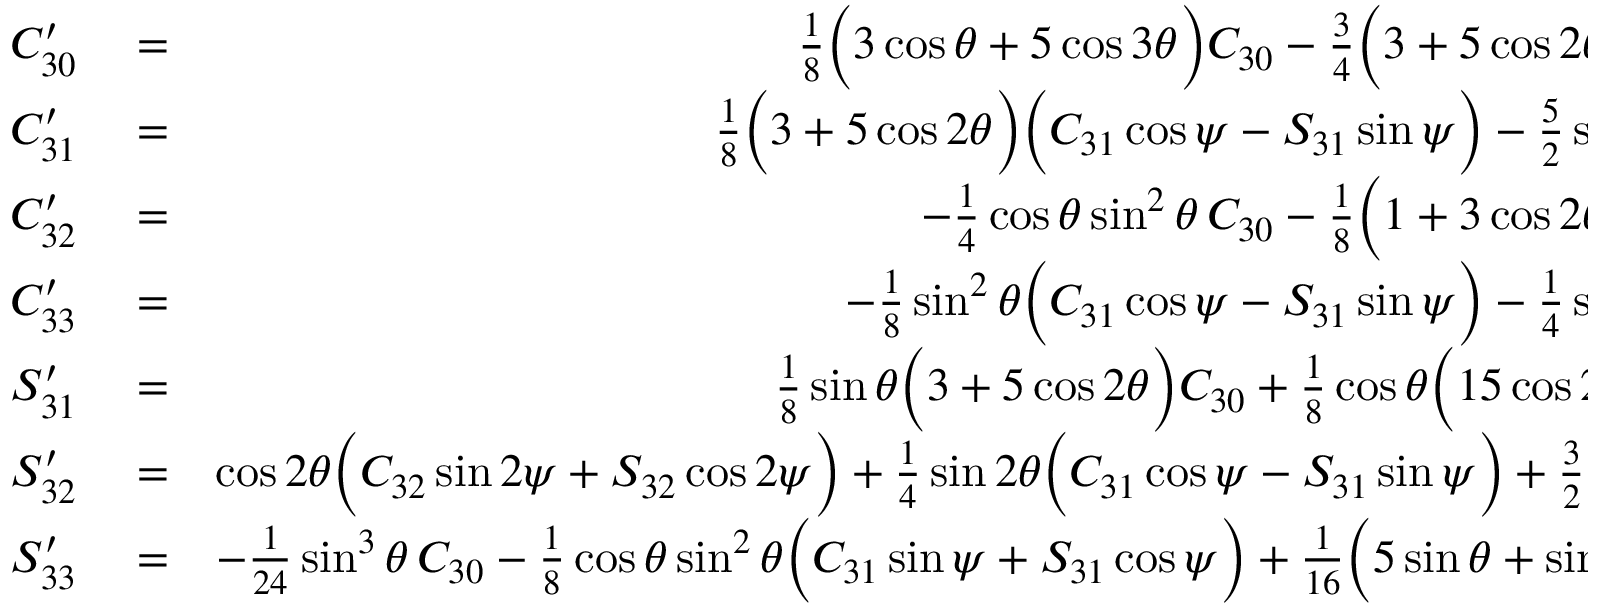
\begin{array} { r l r } { C _ { 3 0 } ^ { \prime } } & { { } = } & { { \textstyle \frac { 1 } { 8 } } \Big ( 3 \cos \theta + 5 \cos 3 \theta \Big ) C _ { 3 0 } - { \textstyle \frac { 3 } { 4 } } \Big ( 3 + 5 \cos 2 \theta \Big ) \sin \theta \Big ( S _ { 3 1 } \cos \psi + C _ { 3 1 } \sin \psi \Big ) - } \\ { C _ { 3 1 } ^ { \prime } } & { { } = } & { { \textstyle \frac { 1 } { 8 } } \Big ( 3 + 5 \cos 2 \theta \Big ) \Big ( C _ { 3 1 } \cos \psi - S _ { 3 1 } \sin \psi \Big ) - { \textstyle \frac { 5 } { 2 } } \sin 2 \theta \Big ( S _ { 3 2 } \cos 2 \psi + C _ { 3 2 } \sin 2 \psi \Big ) - } \\ { C _ { 3 2 } ^ { \prime } } & { { } = } & { - { \textstyle \frac { 1 } { 4 } } \cos \theta \sin ^ { 2 } \theta \, C _ { 3 0 } - { \textstyle \frac { 1 } { 8 } } \Big ( 1 + 3 \cos 2 \theta \Big ) \sin \theta \Big ( S _ { 3 1 } \cos \psi + C _ { 3 1 } \sin \psi \Big ) + } \\ { C _ { 3 3 } ^ { \prime } } & { { } = } & { - { \textstyle \frac { 1 } { 8 } } \sin ^ { 2 } \theta \Big ( C _ { 3 1 } \cos \psi - S _ { 3 1 } \sin \psi \Big ) - { \textstyle \frac { 1 } { 4 } } \sin 2 \theta \Big ( C _ { 3 2 } \sin 2 \psi + S _ { 3 2 } \cos 2 \psi \Big ) + } \\ { S _ { 3 1 } ^ { \prime } } & { { } = } & { { \textstyle \frac { 1 } { 8 } } \sin \theta \Big ( 3 + 5 \cos 2 \theta \Big ) C _ { 3 0 } + { \textstyle \frac { 1 } { 8 } } \cos \theta \Big ( 1 5 \cos 2 \theta - 7 \Big ) \Big ( C _ { 3 1 } \sin \psi + S _ { 3 1 } \cos \psi \Big ) - } \\ { S _ { 3 2 } ^ { \prime } } & { { } = } & { \cos 2 \theta \Big ( C _ { 3 2 } \sin 2 \psi + S _ { 3 2 } \cos 2 \psi \Big ) + { \textstyle \frac { 1 } { 4 } } \sin 2 \theta \Big ( C _ { 3 1 } \cos \psi - S _ { 3 1 } \sin \psi \Big ) + { \textstyle \frac { 3 } { 2 } } \sin 2 \theta \Big ( C _ { 3 3 } \cos 3 \psi - S _ { 3 3 } \sin 3 \psi \Big ) , } \\ { S _ { 3 3 } ^ { \prime } } & { { } = } & { - { \textstyle \frac { 1 } { 2 4 } } \sin ^ { 3 } \theta \, C _ { 3 0 } - { \textstyle \frac { 1 } { 8 } } \cos \theta \sin ^ { 2 } \theta \Big ( C _ { 3 1 } \sin \psi + S _ { 3 1 } \cos \psi \Big ) + { \textstyle \frac { 1 } { 1 6 } } \Big ( 5 \sin \theta + \sin 3 \theta \Big ) \Big ( C _ { 3 2 } \cos 2 \psi - S _ { 3 2 } \sin 2 \psi \Big ) + } \end{array}